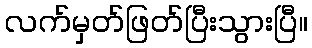
လက်မှတ်ဖြတ်ပြီးသွားပြီ။